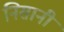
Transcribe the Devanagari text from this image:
निसानी